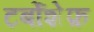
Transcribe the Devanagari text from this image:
टर्बोशेफ़